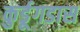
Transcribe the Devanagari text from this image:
कुर्डूगडास